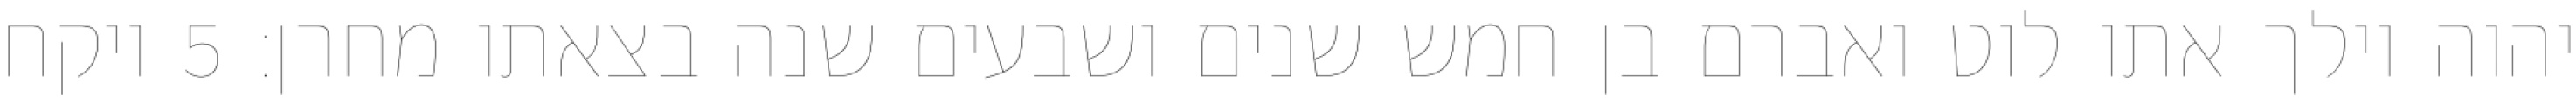
יהוה וילך אתו לוט ואברם בן חמש שנים ושבעים שנה בצאתו מחרן׃ ‎5‏ ויקח